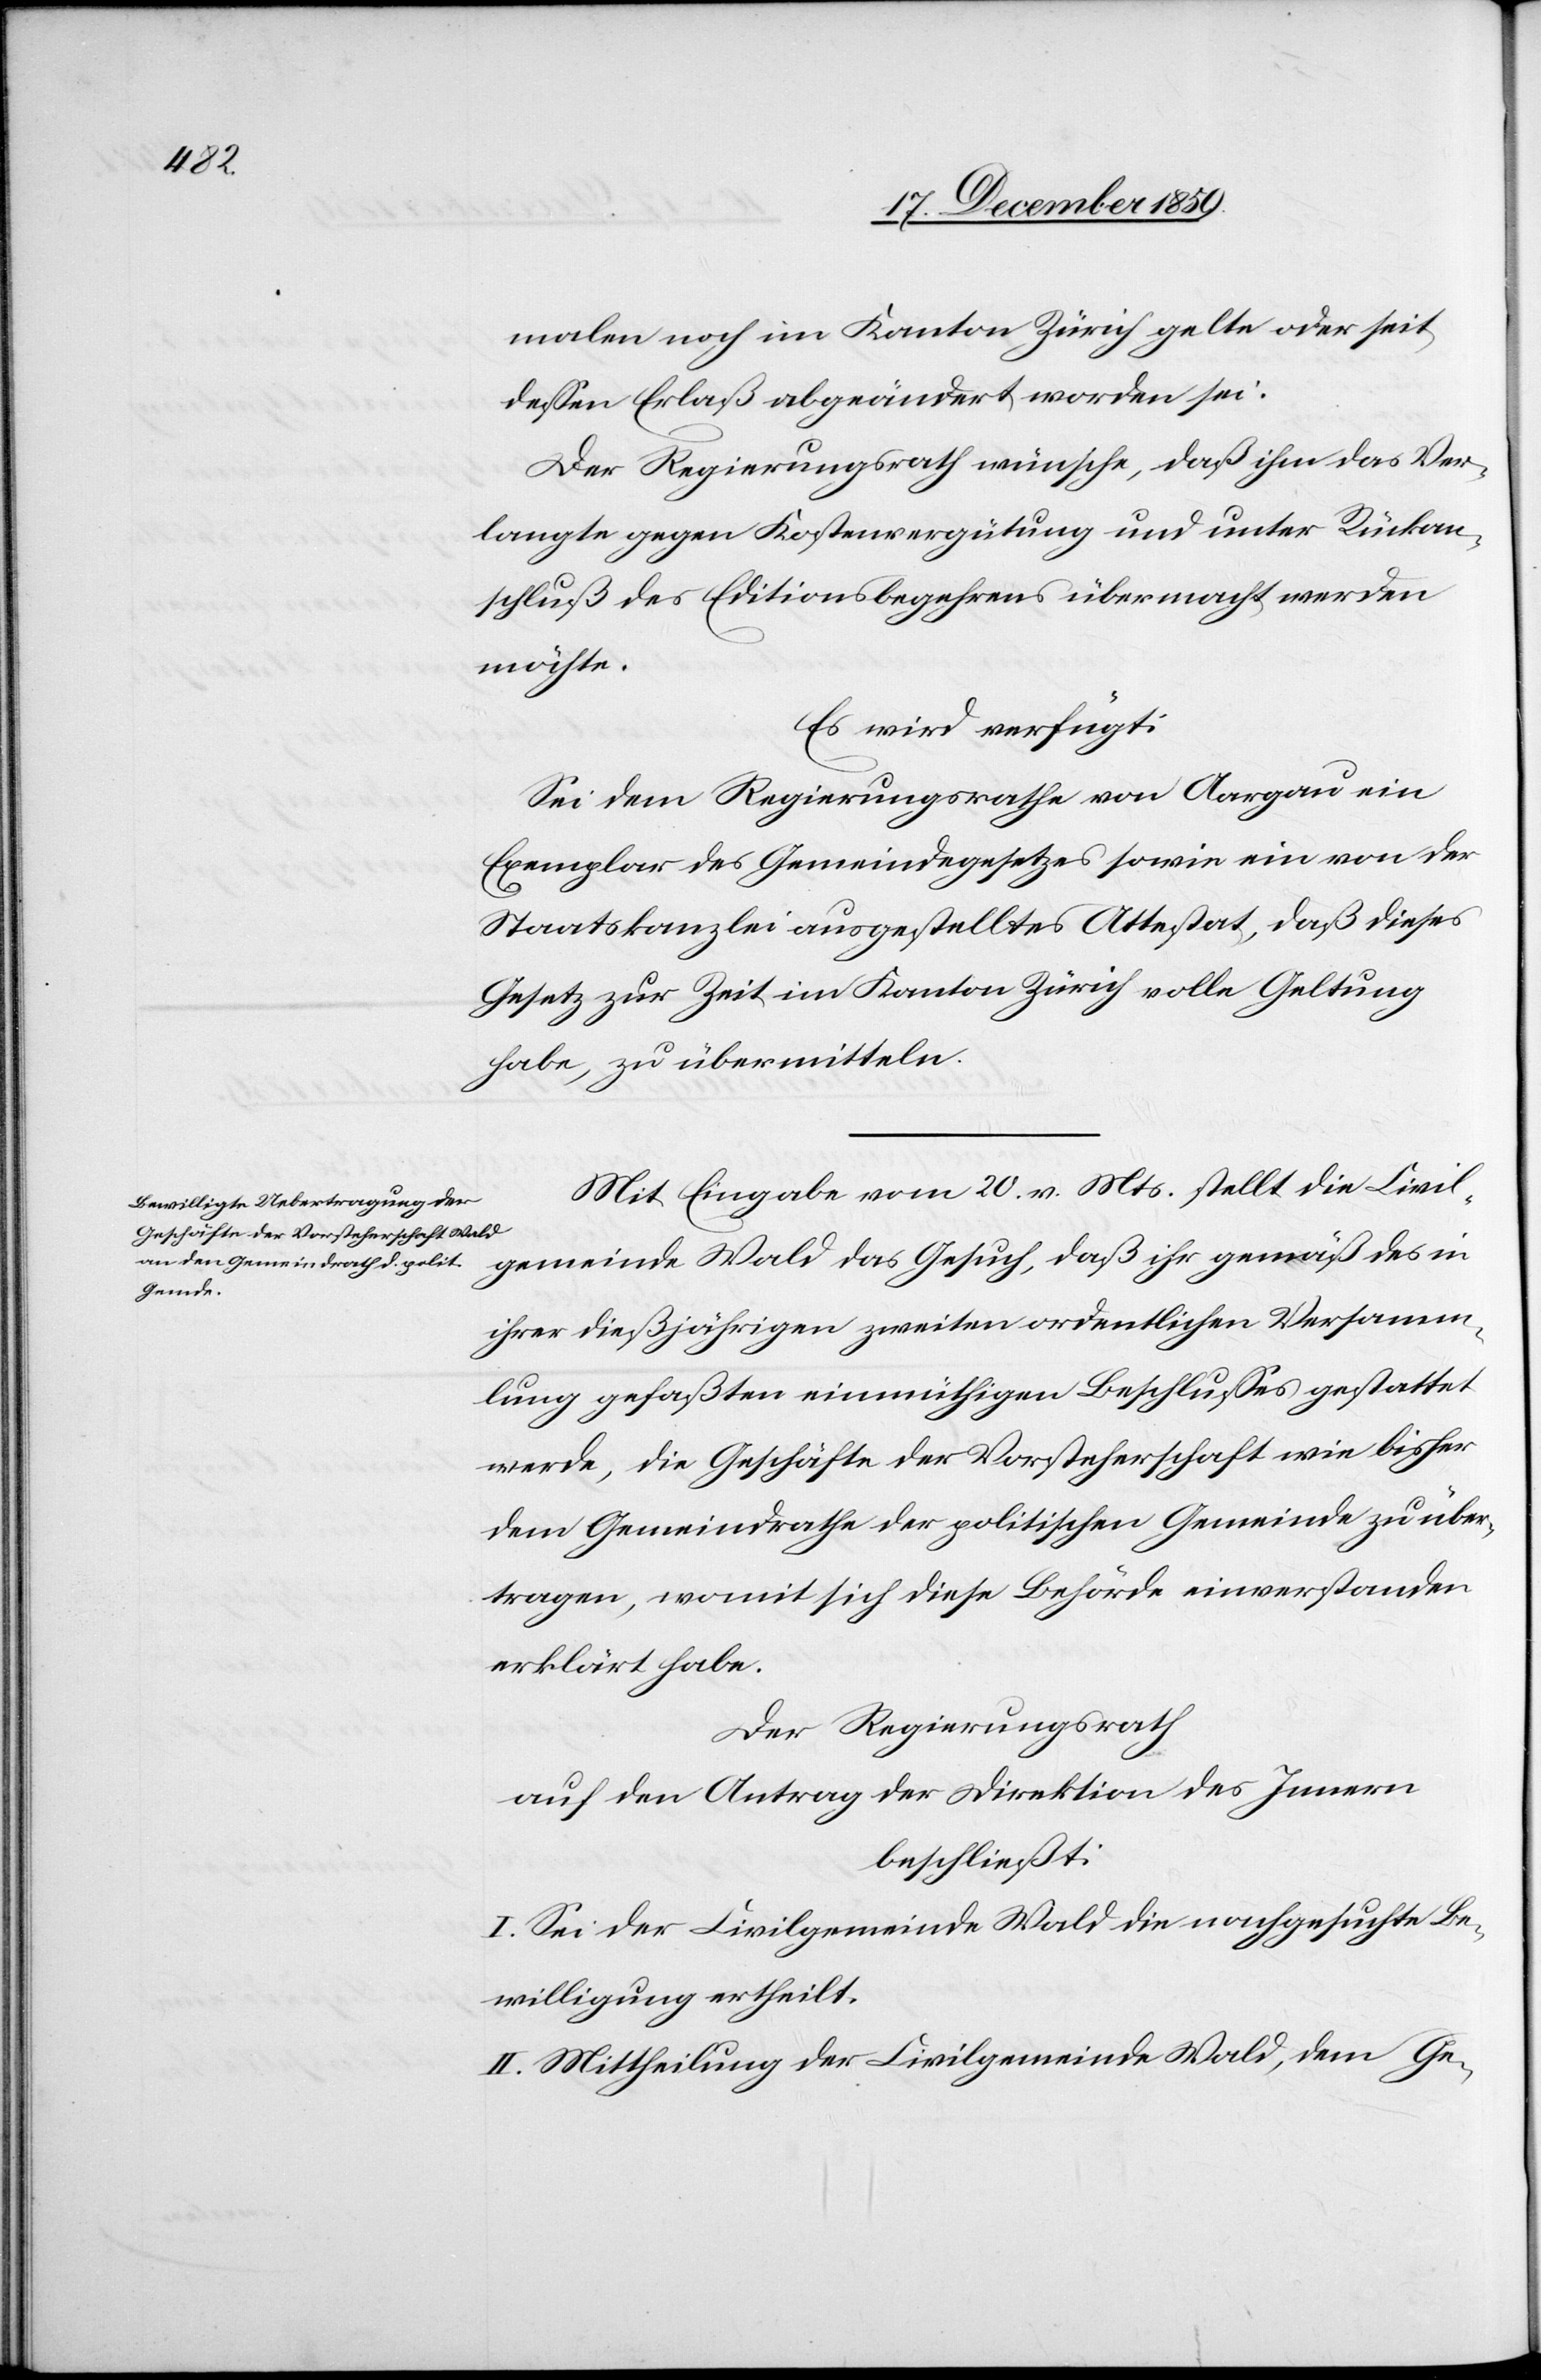
malen noch im Kanton Zürich gelte oder seit
dessen Erlaß abgeändert worden sei.
Der Regierungsrath wünsche, daß ihm das Ver¬
langte gegen Kostenvergütung und unter Rückan¬
schluß des Editionsbegehrens übermacht werden
möchte.
Es wird verfügt:
Sei dem Regierungsrathe von Aargau ein
Exemplar des Gemeindegesetzes sowie ein von der
Staatskanzlei ausgestelltes Attestat, daß dieses
Gesetz zur Zeit im Kanton Zürich volle Geltung
habe, zu übermitteln.
Mit Eingabe vom 20. v. Mts. stellt die Civil¬
gemeinde Wald das Gesuch, daß ihr gemäß des in
ihrer dießjährigen zweiten ordentlichen Versamm¬
lung gefaßten einmüthigen Beschlusses gestattet
werde, die Geschäfte der Vorsteherschaft wie bisher
dem Gemeindrathe der politischen Gemeinde zu über¬
tragen, womit sich diese Behörde einverstanden
erklärt habe.
Der Regierungsrath
auf den Antrag der Direktion des Innern
beschließt:
I. Sei der Civilgemeinde Wald die nachgesuchte Be¬
willigung ertheilt.
II. Mittheilung der Civilgemeinde Wald, dem Ge-